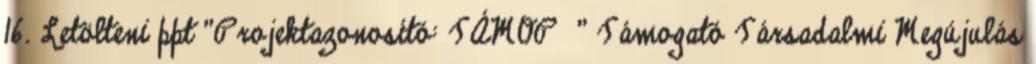
16. Letölteni ppt "Projektazonosító: TÁMOP " Támogató Társadalmi Megújulás